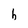
Character: b